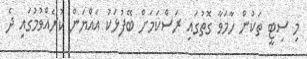
މި ސިޓީ ތަކުން ހާމަވާ ގޮތުގައި ރަސްކަމަށް ބޭފުޅަކު އައްޔަން ކުރެއްވުމުގައި ދެ